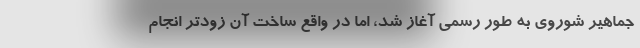
جماهیر شوروی به طور رسمی آغاز شد، اما در واقع ساخت آن زودتر انجام